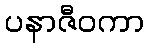
ပနာဇီဝကာ